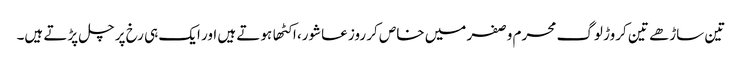
تین ساڑهے تین کروڑ لوگ محرم وصفر میں خاص کر روز عاشور، اکٹها ہوتے ہیں اور ایک ہی رخ پر چل پڑتے ہیں۔